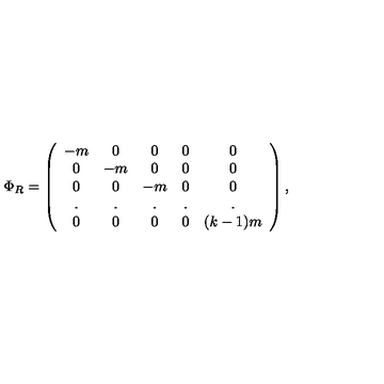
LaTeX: \Phi _ { R } = \left( \begin{array} { c c c c c } { - m } & { 0 } & { 0 } & { 0 } & { 0 \nonumber } \\ { 0 } & { - m } & { 0 } & { 0 } & { 0 \nonumber } \\ { 0 } & { 0 } & { - m } & { 0 } & { 0 \nonumber } \\ { . } & { . } & { . } & { . } & { . \nonumber } \\ { 0 } & { 0 } & { 0 } & { 0 } & { ( k - 1 ) m } \\ \end{array} \right) ,